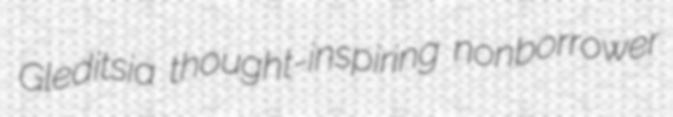
Gleditsia thought-inspiring nonborrower